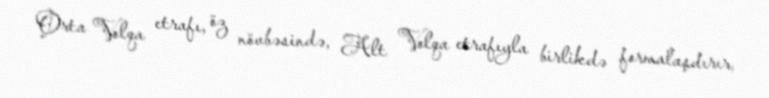
Orta Volqa etrafı, öz növbəsində, Alt Volqa etrafıyla birlikdə formalaşdırır,